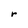
Character: r